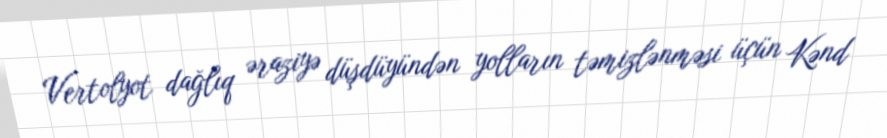
Vertolyot dağlıq əraziyə düşdüyündən yolların təmizlənməsi üçün Kənd